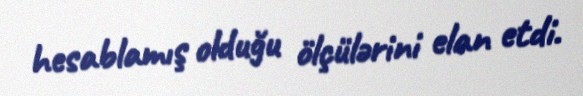
hesablamış olduğu ölçülərini elan etdi.